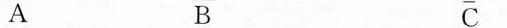
A B C